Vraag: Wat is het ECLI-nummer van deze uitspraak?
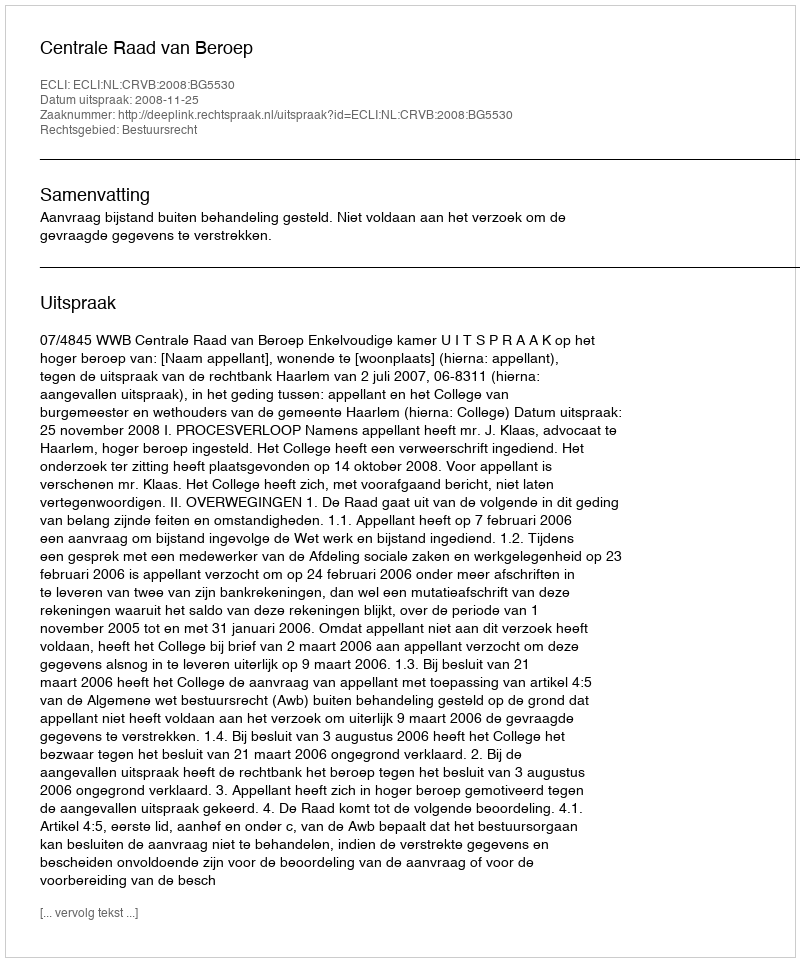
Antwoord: ECLI:NL:CRVB:2008:BG5530